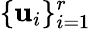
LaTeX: \{ {\mathbf{u}}_{i}\} _{i=1}^{r}